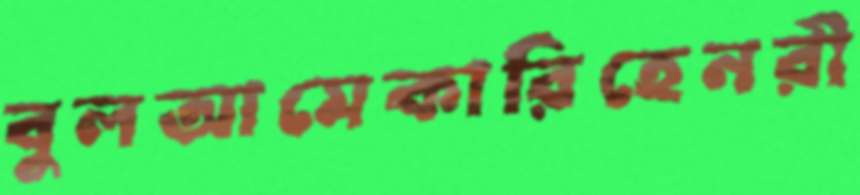
বুলআমেকারিহেনরী